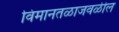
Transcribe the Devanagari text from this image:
विमानतळाजवळील